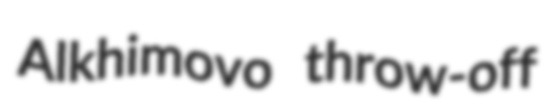
Alkhimovo throw-off